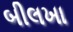
બીલખા